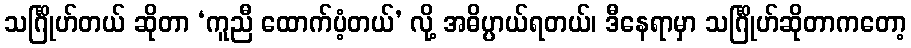
သင်္ဂြိုဟ်တယ် ဆိုတာ ‘ကူညီ ထောက်ပံ့တယ်’ လို့ အဓိပ္ပာယ်ရတယ်၊ ဒီနေရာမှာ သင်္ဂြိုဟ်ဆိုတာကတော့